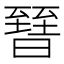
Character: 㬜